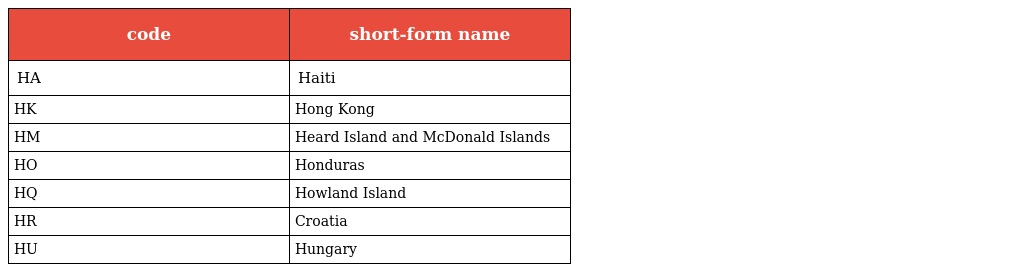
| code | short-form name |
 | --- | --- |
 | HA | Haiti |
 | HK | Hong Kong |
 | HM | Heard Island and McDonald Islands |
 | HO | Honduras |
 | HQ | Howland Island |
 | HR | Croatia |
 | HU | Hungary |